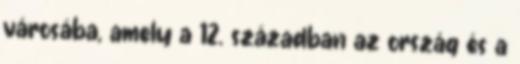
városába, amely a 12. században az ország és a